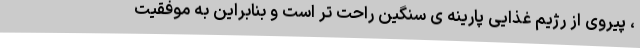
، پیروی از رژیم غذایی پارینه ی سنگین راحت تر است و بنابراین به موفقیت